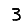
Digit: 3